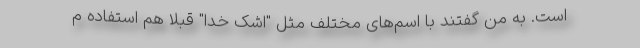
است. به من گفتند با اسم‌های مختلف مثل "اشک خدا" قبلا هم استفاده م